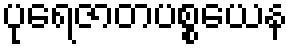
ပုရေဇာတပစ္စယေန